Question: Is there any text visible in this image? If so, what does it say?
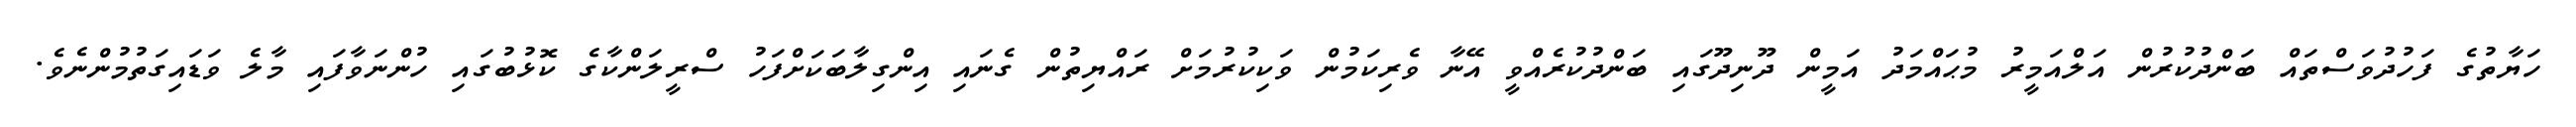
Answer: ހަޔާތުގެ ފަހުދުވަސްތައް ބަންދުކުރުން އަލްއަމީރު މުޙައްމަދު އަމީން ދޫނިދޫގައި ބަންދުކުރެއްވީ އޭނާ ވެރިކަމުން ވަކިކުރުމަށް ރައްޔިތުން ގެނައި އިންގިލާބަކަށްފަހު ސްރީލަންކާގެ ކޮޅުބުގައި ހުންނަވާފައި މާލެ ވަޑައިގަތުމުންނެވެ.